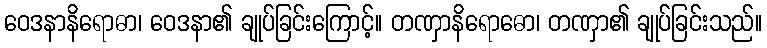
ဝေဒနာနိရောဓာ၊ ဝေဒနာ၏ ချုပ်ခြင်းကြောင့်။ တဏှာနိရောဓော၊ တဏှာ၏ ချုပ်ခြင်းသည်။